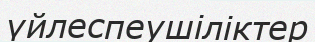
үйлеспеушіліктер